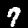
Digit: 7